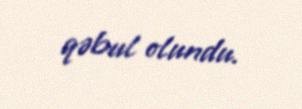
qəbul olundu.